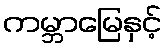
ကမ္ဘာမြေနှင့်